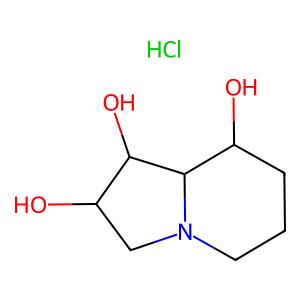
SMILES: Cl.OC1CN2CCCC(O)C2C1O
Inhibits HIV replication: No